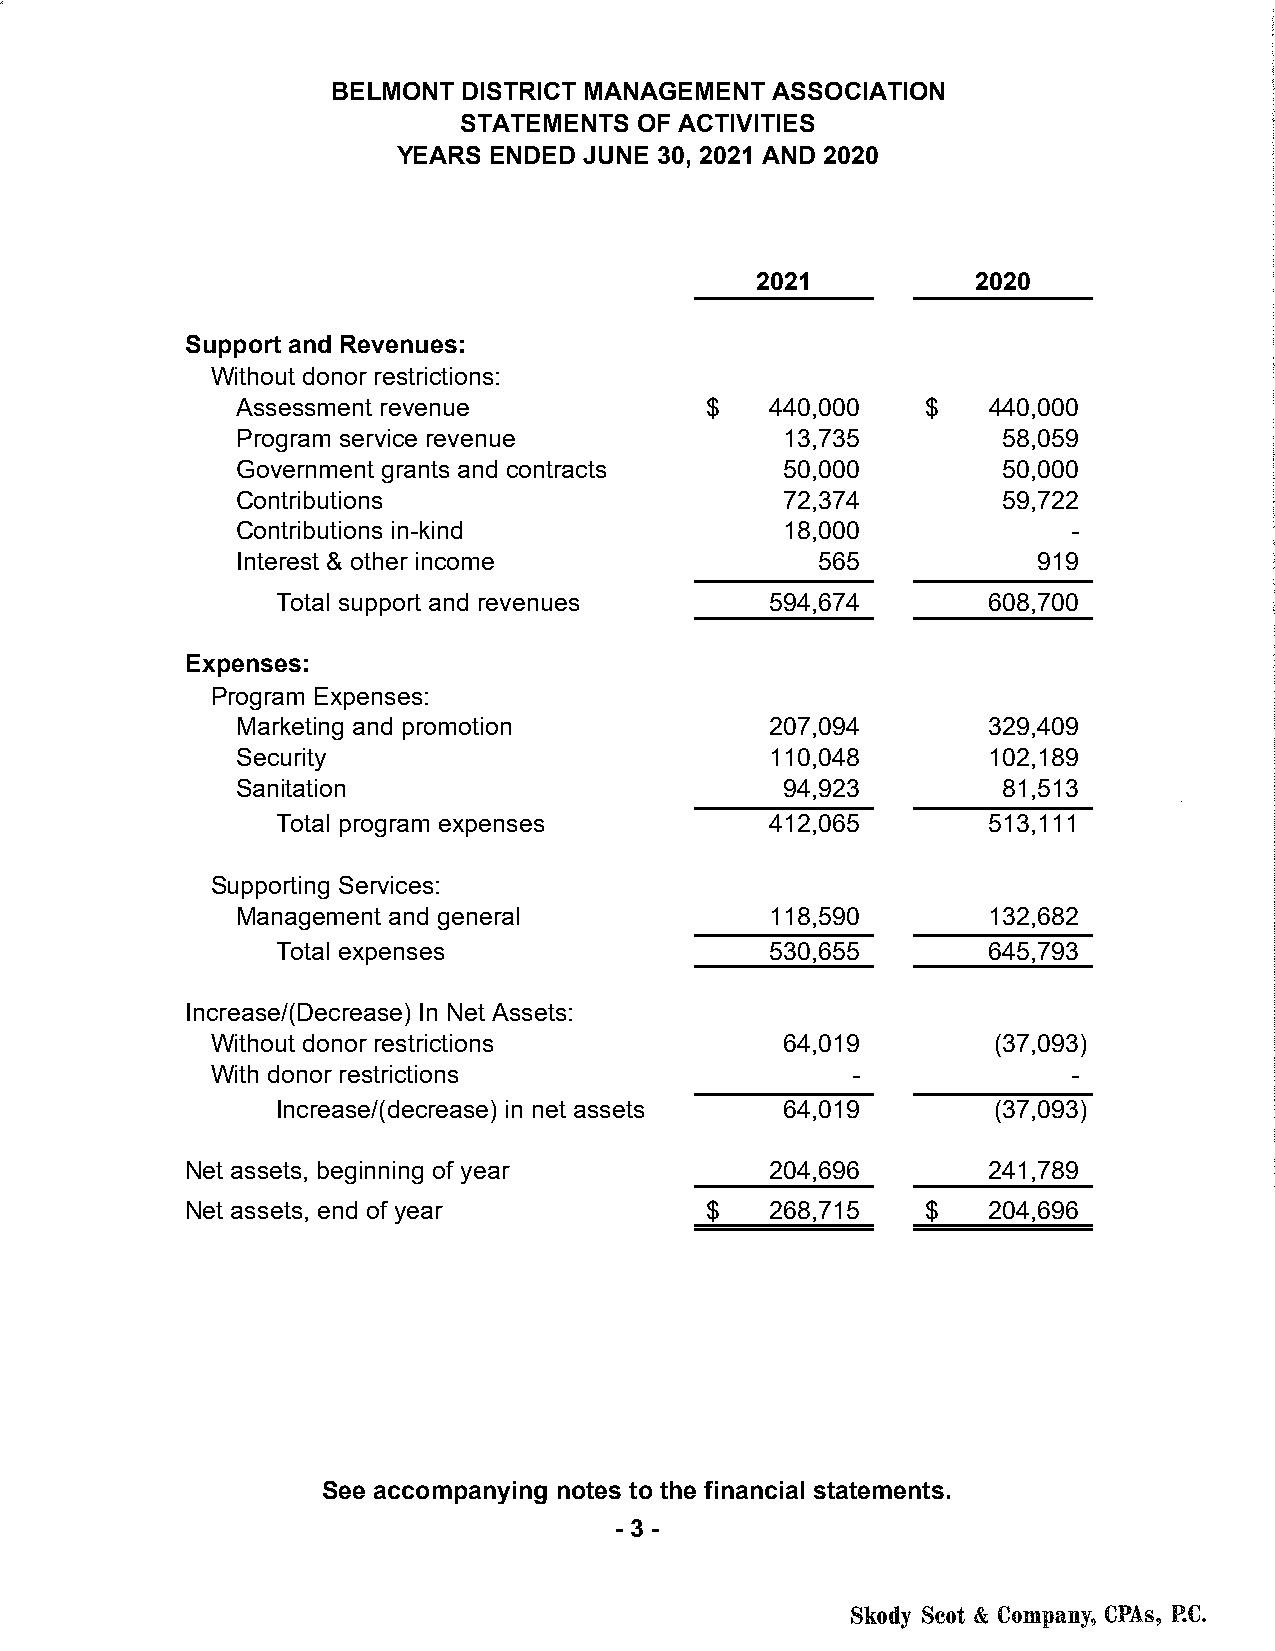
BELMONT  DISTRICT MANAGEMENT ASSOCIATION
 STATEMENTS  OF ACTIVITIES
 YEARS ENDED  JUNE 30, 2021 AND 2020
 2021           2020
 Support and Revenues:
 Without donor restrictions:
 Assessment revenue             $   4 40,000  $   4 40,000
 Program service revenue             13,735        5 8,059
 Government grants and contracts     50,000        50,000
 Contributions                       72,374        5 9,722
 Contributions in-kind               18,000             -
 Interest & other income               565            919
 Total support and revenues       5 94,674      608,700
 Expenses:
 Program Expenses:
 Marketing and promotion            207,094       329,409
 Security                           110,048       102,189
 Sanitation                          94,923        81,513
 Total program expenses           4 12,065      513,111
 Supporting Services:
 Management and general             118,590       132,682
 Total expenses                   5 30,655      645,793
 Increase/(Decrease) In Net Assets:
 Without donor restrictions            6 4,019       (37,093)
 With donor restrictions                   -              -
 Increase/(decrease) in net assets 6 4,019       (37,093)
 Net assets, beginning of year          204,696       241,789
 Net assets, end of year            $   2 68,715  $   2 04,696
 See accompanying notes to the financial statements.
 - 3 -